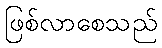
ဖြစ်လာစေသည်